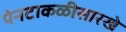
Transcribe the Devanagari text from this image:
पेनटाकळीसारखे